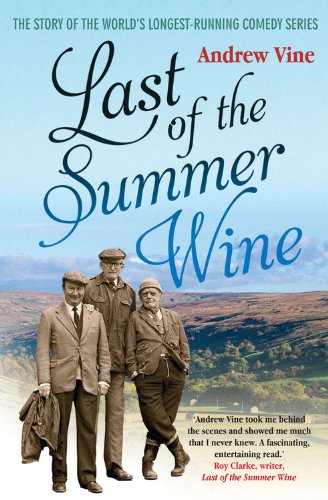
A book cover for Last of the Summer Wine: The Inside Story of the World's Longest-Running Comedy Programme; Andrew Vine; Humor & Entertainment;